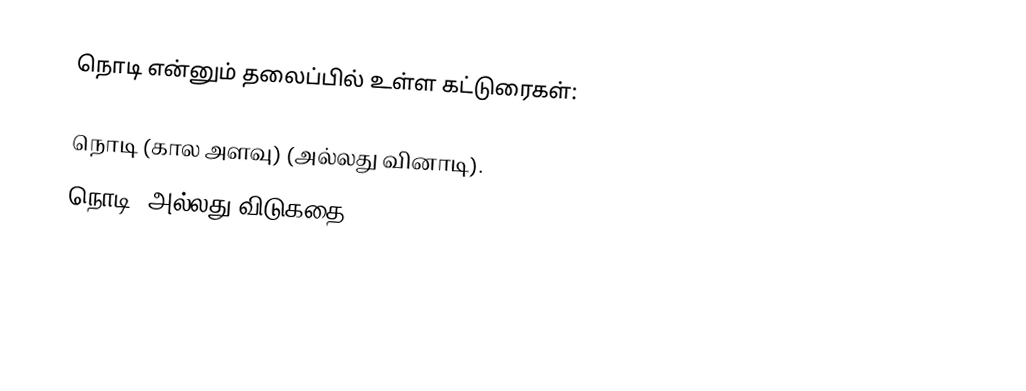
நொடி என்னும் தலைப்பில் உள்ள கட்டுரைகள்:

நொடி (கால அளவு) (அல்லது வினாடி).
நொடி (அல்லது விடுகதை).